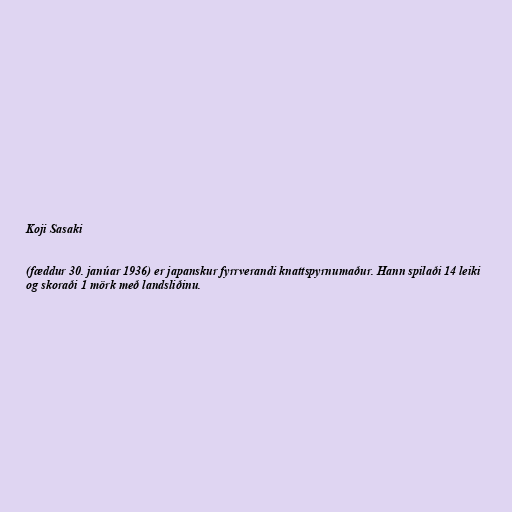
Koji Sasaki

(fæddur 30. janúar 1936) er japanskur fyrrverandi knattspyrnumaður. Hann spilaði 14 leiki
og skoraði 1 mörk með landsliðinu.